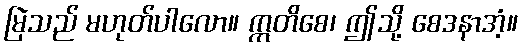
မြဲသည် မဟုတ်ပါလော။ ဣတိစေ၊ ဤသို့ စေဒနာအံ့။